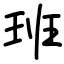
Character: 班